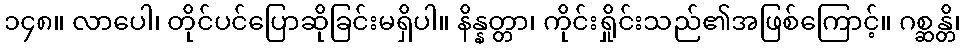
၁၄၈။ လာပေါ၊ တိုင်ပင်ပြောဆိုခြင်းမရှိပါ။ နိန္နတ္တာ၊ ကိုင်းရှိုင်းသည်၏အဖြစ်ကြောင့်။ ဂစ္ဆန္တိ၊